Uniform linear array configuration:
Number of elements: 4
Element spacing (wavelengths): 0.25
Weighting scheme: kaiser
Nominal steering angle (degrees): -15
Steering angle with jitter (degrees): -15.878
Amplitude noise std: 0.05
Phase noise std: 0.05

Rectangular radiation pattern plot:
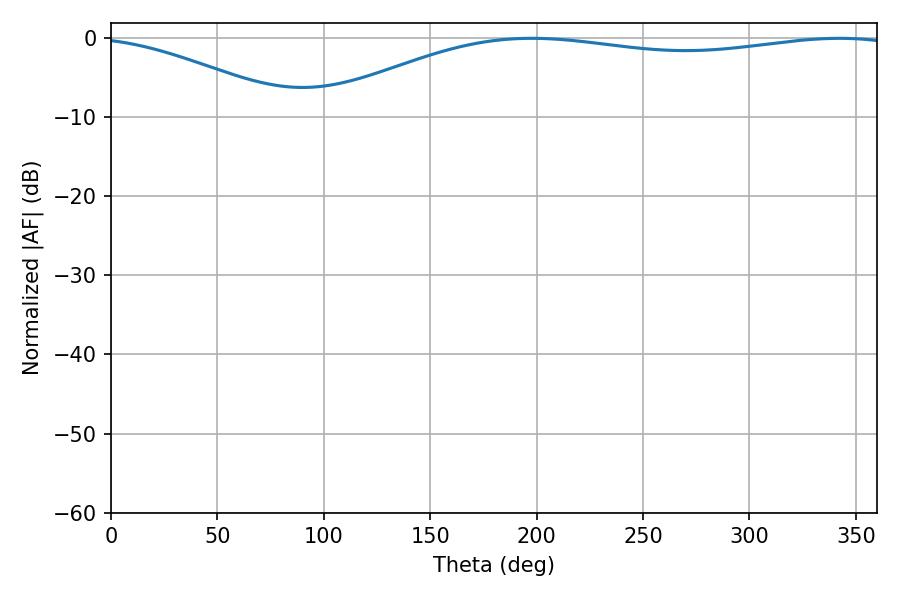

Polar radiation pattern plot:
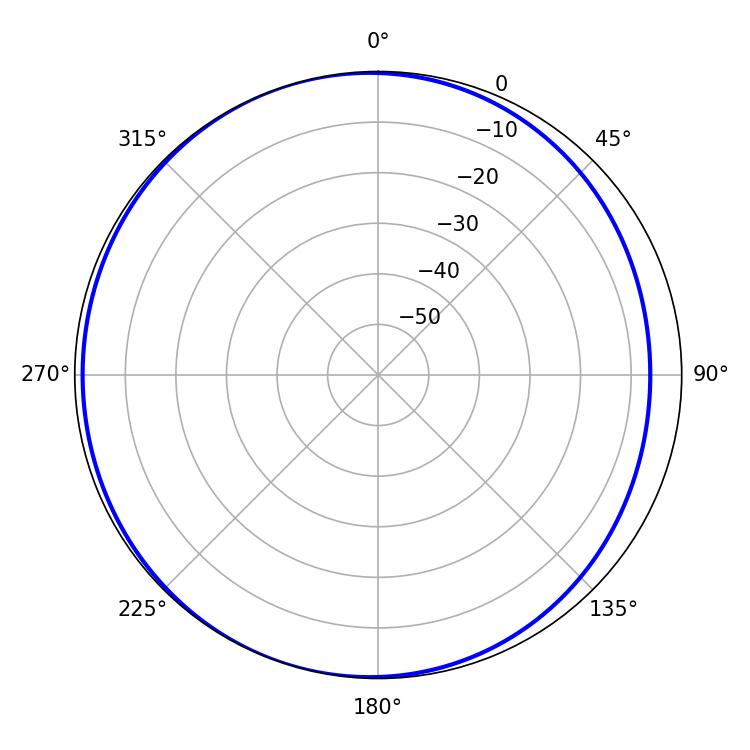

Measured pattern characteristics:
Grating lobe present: FALSE
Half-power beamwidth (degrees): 220.14
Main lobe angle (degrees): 197.64